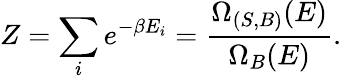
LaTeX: Z=\sum_{i}e^{-\beta E_{i}}={\frac{\Omega_{(S,B)}(E)}{\Omega_{B}(E)}}.